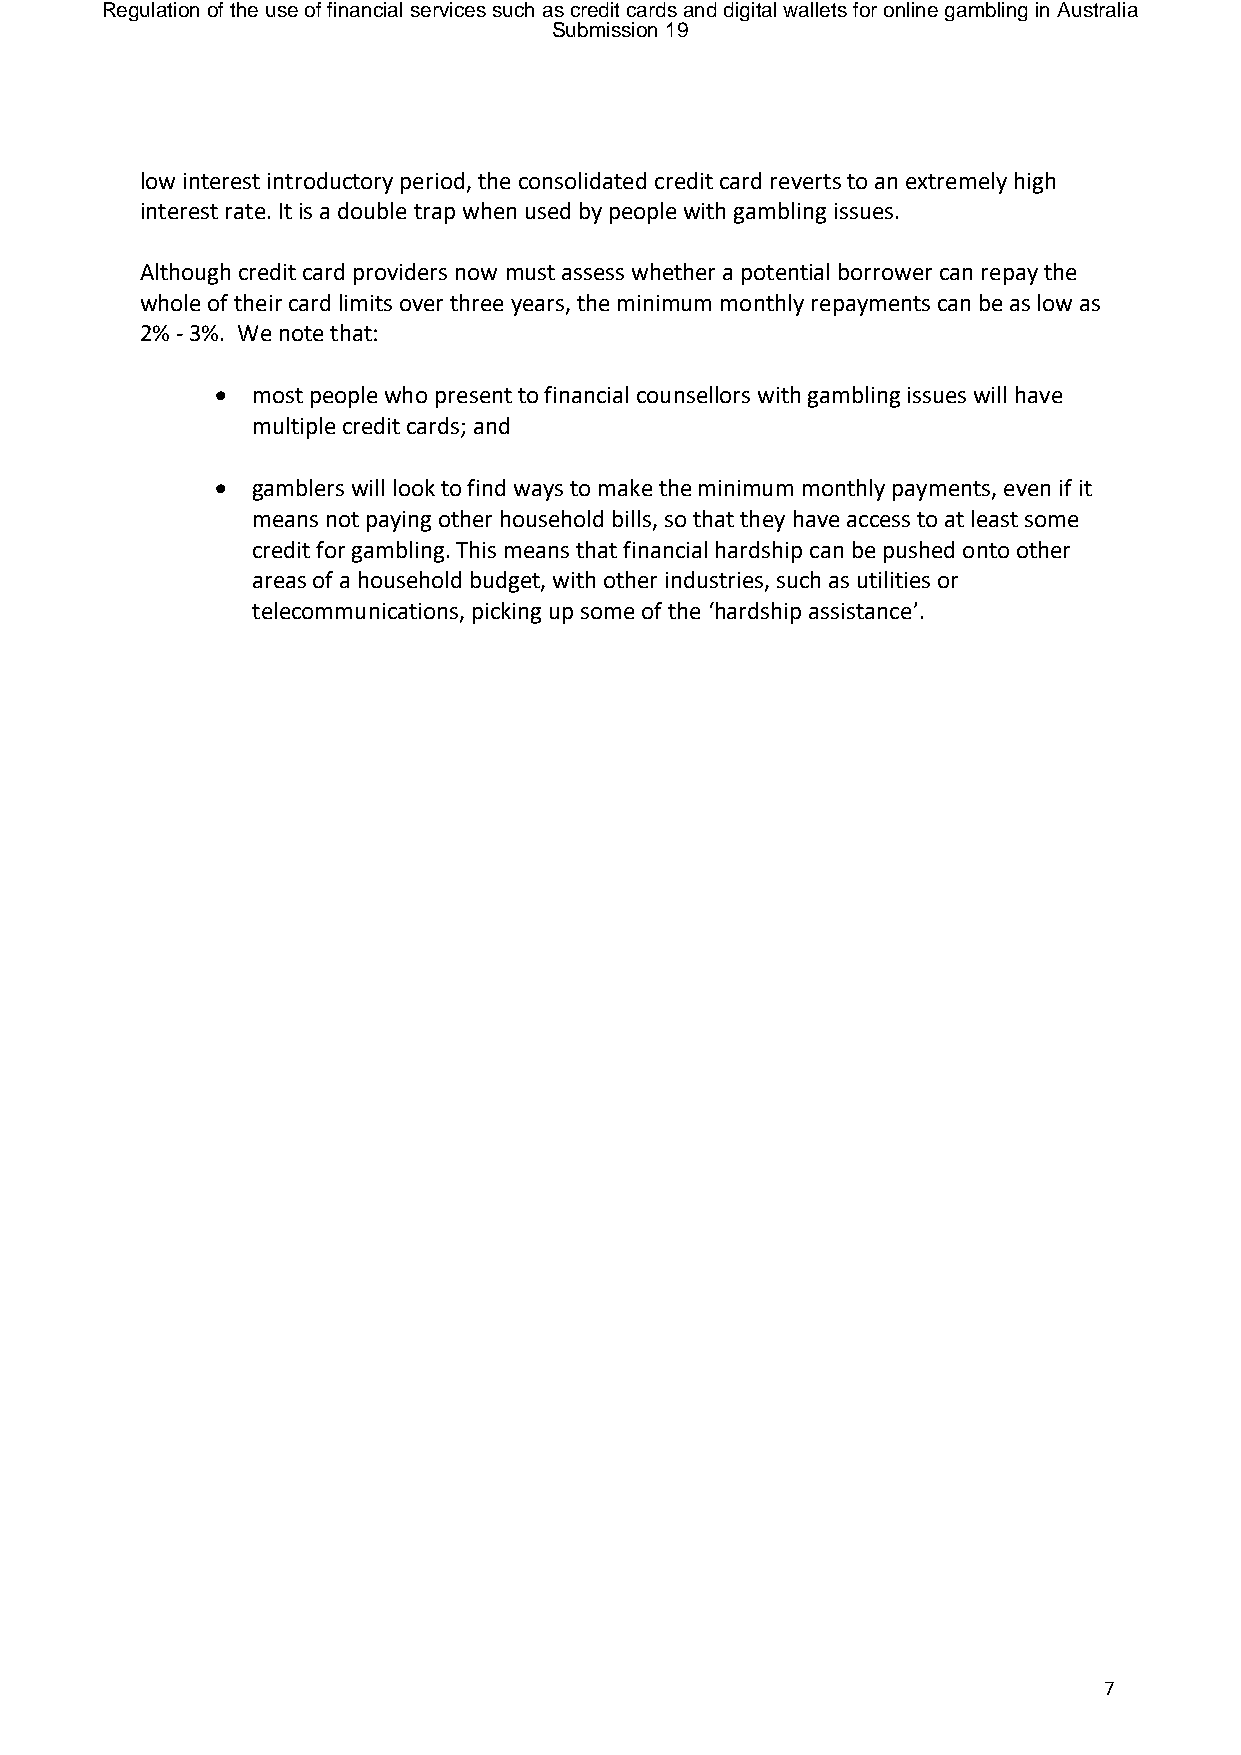
Regulation of the use of financial services such as credit cards and digital wallets for online gambling in Australia
 Submission 19
 low interest introductory period, the consolidated credit card reverts to an extremely high
 interest rate. It is a double trap when used by people with gambling issues.
 Although credit card providers now must assess whether a potential borrower can repay the
 whole of their card limits over three years, the minimum monthly repayments can be as low as
 2% - 3%. We note that:
 •  most people who present to financial counsellors with gambling issues will have
 multiple credit cards; and
 •  gamblers will look to find ways to make the minimum monthly payments, even if it
 means not paying other household bills, so that they have access to at least some
 credit for gambling. This means that financial hardship can be pushed onto other
 areas of a household budget, with other industries, such as utilities or
 telecommunications, picking up some of the ‘hardship assistance’.
 7